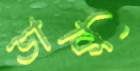
ডাকি